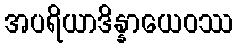
အပရိယာဒိန္နာယေဝဿ